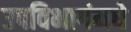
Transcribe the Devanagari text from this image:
उपविभागंमधे